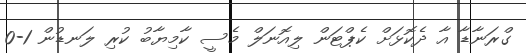
ގްރަނާޑާ އާ ދެކޮޅަށް ކެޕްޓަން ލިއޮނަލް މެސީ ކާމިޔާބު ކުރި ލަނޑުން 1-0